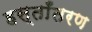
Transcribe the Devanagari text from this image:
हस्ताँतरण